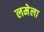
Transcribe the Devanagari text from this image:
लमेला